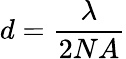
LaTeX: d={\frac{\lambda}{2NA}}